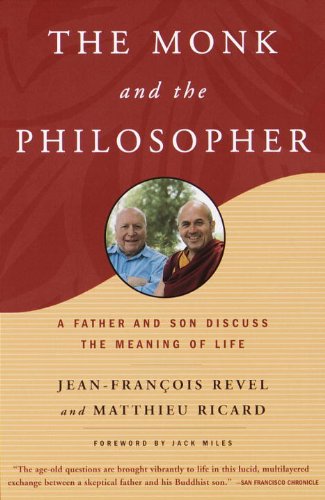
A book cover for The Monk and the Philosopher: A Father and Son Discuss the Meaning of Life; Jean-Francois Revel; Politics & Social Sciences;